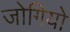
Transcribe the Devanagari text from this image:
जोगियो